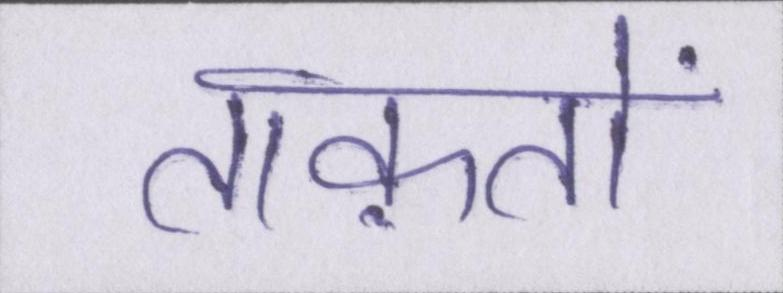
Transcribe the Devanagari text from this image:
ताक़तों